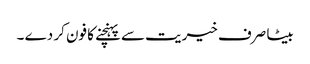
بیٹا صرف خیریت سے پہنچنے کا فون کر دے ۔